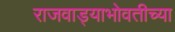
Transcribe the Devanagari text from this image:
राजवाड्याभोवतीच्या